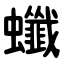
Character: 䘋